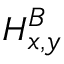
H _ { x , y } ^ { B }